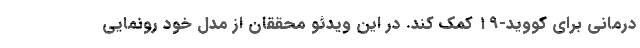
درمانی برای کووید-۱۹ کمک کند. در این ویدئو محققان از مدل خود رونمایی